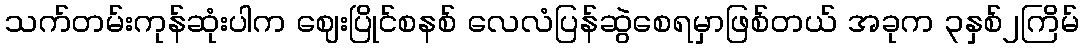
သက်တမ်းကုန်ဆုံးပါက ဈေးပြိုင်စနစ် လေလံပြန်ဆွဲစေရမှာဖြစ်တယ် အခုက ၃နှစ်၂ကြိမ်